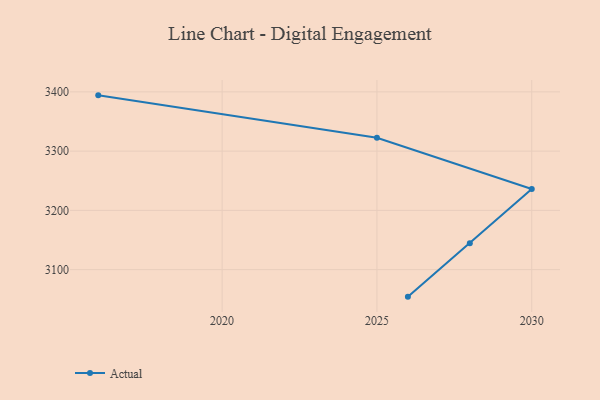
{"axis": {"x": "Year", "y": "Population (Million)"}, "legend": ["Actual"], "data": [{"x": "2016", "y": 3394.1, "type": "Actual"}, {"x": "2025", "y": 3322.5, "type": "Actual"}, {"x": "2030", "y": 3236.0, "type": "Actual"}, {"x": "2028", "y": 3144.4, "type": "Actual"}, {"x": "2026", "y": 3054.4, "type": "Actual"}]}